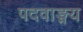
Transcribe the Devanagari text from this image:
पदवाङ्मय